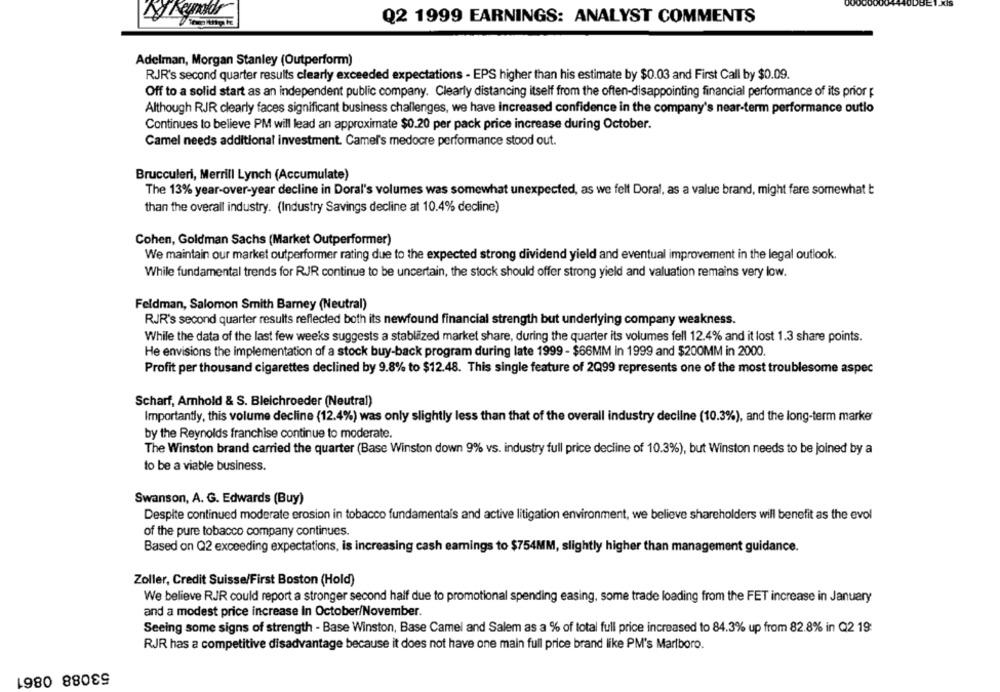
Dikyndlr
Q2 1999 EARNINGS: ANALYST COMMENTS
Adelman, Morgan Stanley (Outperform)
RJR's second quarter results clearly exceeded expectations - EPS higher than his estimate by $0.03 and First Call by $0.09.
Off to a solid start as an independent public company. Clearly distancing itself from the often-disappointing financial performance of its prior
Although RJR clearly faces significant business challenges, we have increased confidence in the company's near-term performance outlo
Continues to believe PM will lead an approximate $0.20 per pack price increase during October.
Camel needs additional investment. Camel's medocre performance stood out.
Brucculeri, Merrill Lynch (Accumulate)
The 13% year-over-year decline in Doral's volumes was somewhat unexpected, as we felt Doral, as a value brand, might fare somewhat t
than the overall industry. (Industry Savings decline at 10.4% decline)
Cohen, Goldman Sachs (Market Outperformer)
We maintain our market outperformer rating due to the expected strong dividend yield and eventual improvement in the legal outlook.
While fundamental trends for RJR continue to be uncertain, the stock should offer strong yield and valuation remains very low.
Feldman, Salomon Smith Barney (Neutral)
RJR's second quarter results reflected both its newfound financial strength but underlying company weakness.
While the data of the last few weeks suggests a stablized market share, during the quarter its volumes fell 12.4% and it lost 1.3 share points.
He envisions the implementation of a stock buy-back program during late 1999 - $66MM in 1999 and $200MM in 2000.
Profit per thousand cigarettes declined by 9.8% to $12.48. This single feature of 2Q99 represents one of the most troublesome aspec
Scharf, Amhold & S. Bleichroeder (Neutral)
Importantly, this volume decline (12.4%) was only slightly less than that of the overall industry decline (10.3%), and the long-term marker
by the Reynolds franchise continue to moderate.
The Winston brand carried the quarter (Base Winston down 9% vs. industry full price decline of 10.3%), but Winston needs to be joined by a
to be a viable business.
Swanson, A. G. Edwards (Buy)
Despite continued moderate erosion in tobacco fundamentais and active litigation environment, we believe shareholders will benefit as the evol
of the pure tobacco company continues.
Based on Q2 exceeding expectations, is increasing cash earnings to $754MM, slightly higher than management guidance.
Zoller, Credit Suisse/First Boston (Hold)
We believe RJR could report a stronger second half due to promotional spending easing, some trade loading from the FET increase in January
and a modest price increase In October/November.
Seeing some signs of strength - Base Winston, Base Camel and Salem as a % of total full price increased to 84.3% up from 82.8% in Q2 19
RJR has a competitive disadvantage because it does not have one main full price brand like PM's Marlboro.
53088 0861